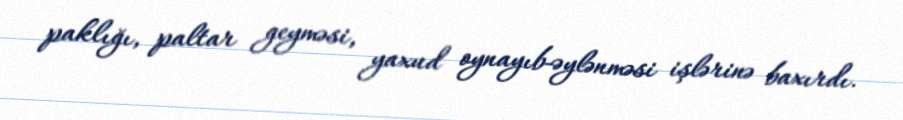
paklığı, paltar geyməsi, yaxud oynayıb-əylənməsi işlərinə baxırdı.